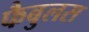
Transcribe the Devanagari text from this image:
फैबुलस